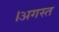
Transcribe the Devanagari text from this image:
।अगस्त